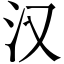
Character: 汉